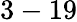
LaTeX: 3-19